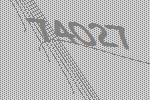
74027